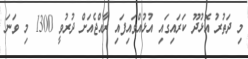
މި ދަތުރު އޮޅުދޫ ކަރައިގައި އުޅުއްވައިފައި ރާއްޖެއަށް ދުރުވީ 1300 މި ވަނަ